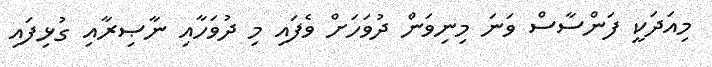
މިއަދަކީ ފަންސާސް ވަނަ މިނިވަން ދުވަހަށް ވެފައި މި ދުވަހާއި ނާޞިރާއި ގުޅިފައި